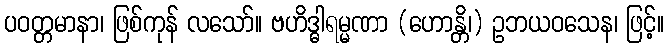
ပဝတ္တမာနာ၊ ဖြစ်ကုန် လသော်။ ဗဟိဒ္ဓါရမ္မဏာ (ဟောန္တိ၊) ဥဘယဝသေန၊ ဖြင့်။